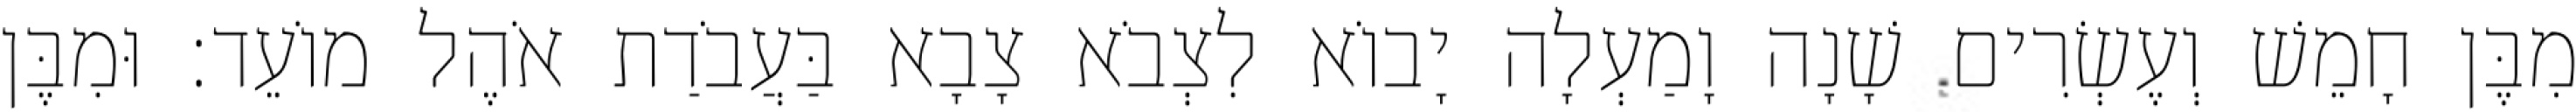
מִבֶּן חָמֵשׁ וְעֶשְׂרִים שָׁנָה וָמַעְלָה יָבוֹא לִצְבֹא צָבָא בַּעֲבֹדַת אֹהֶל מוֹעֵד׃ וּמִבֶּן